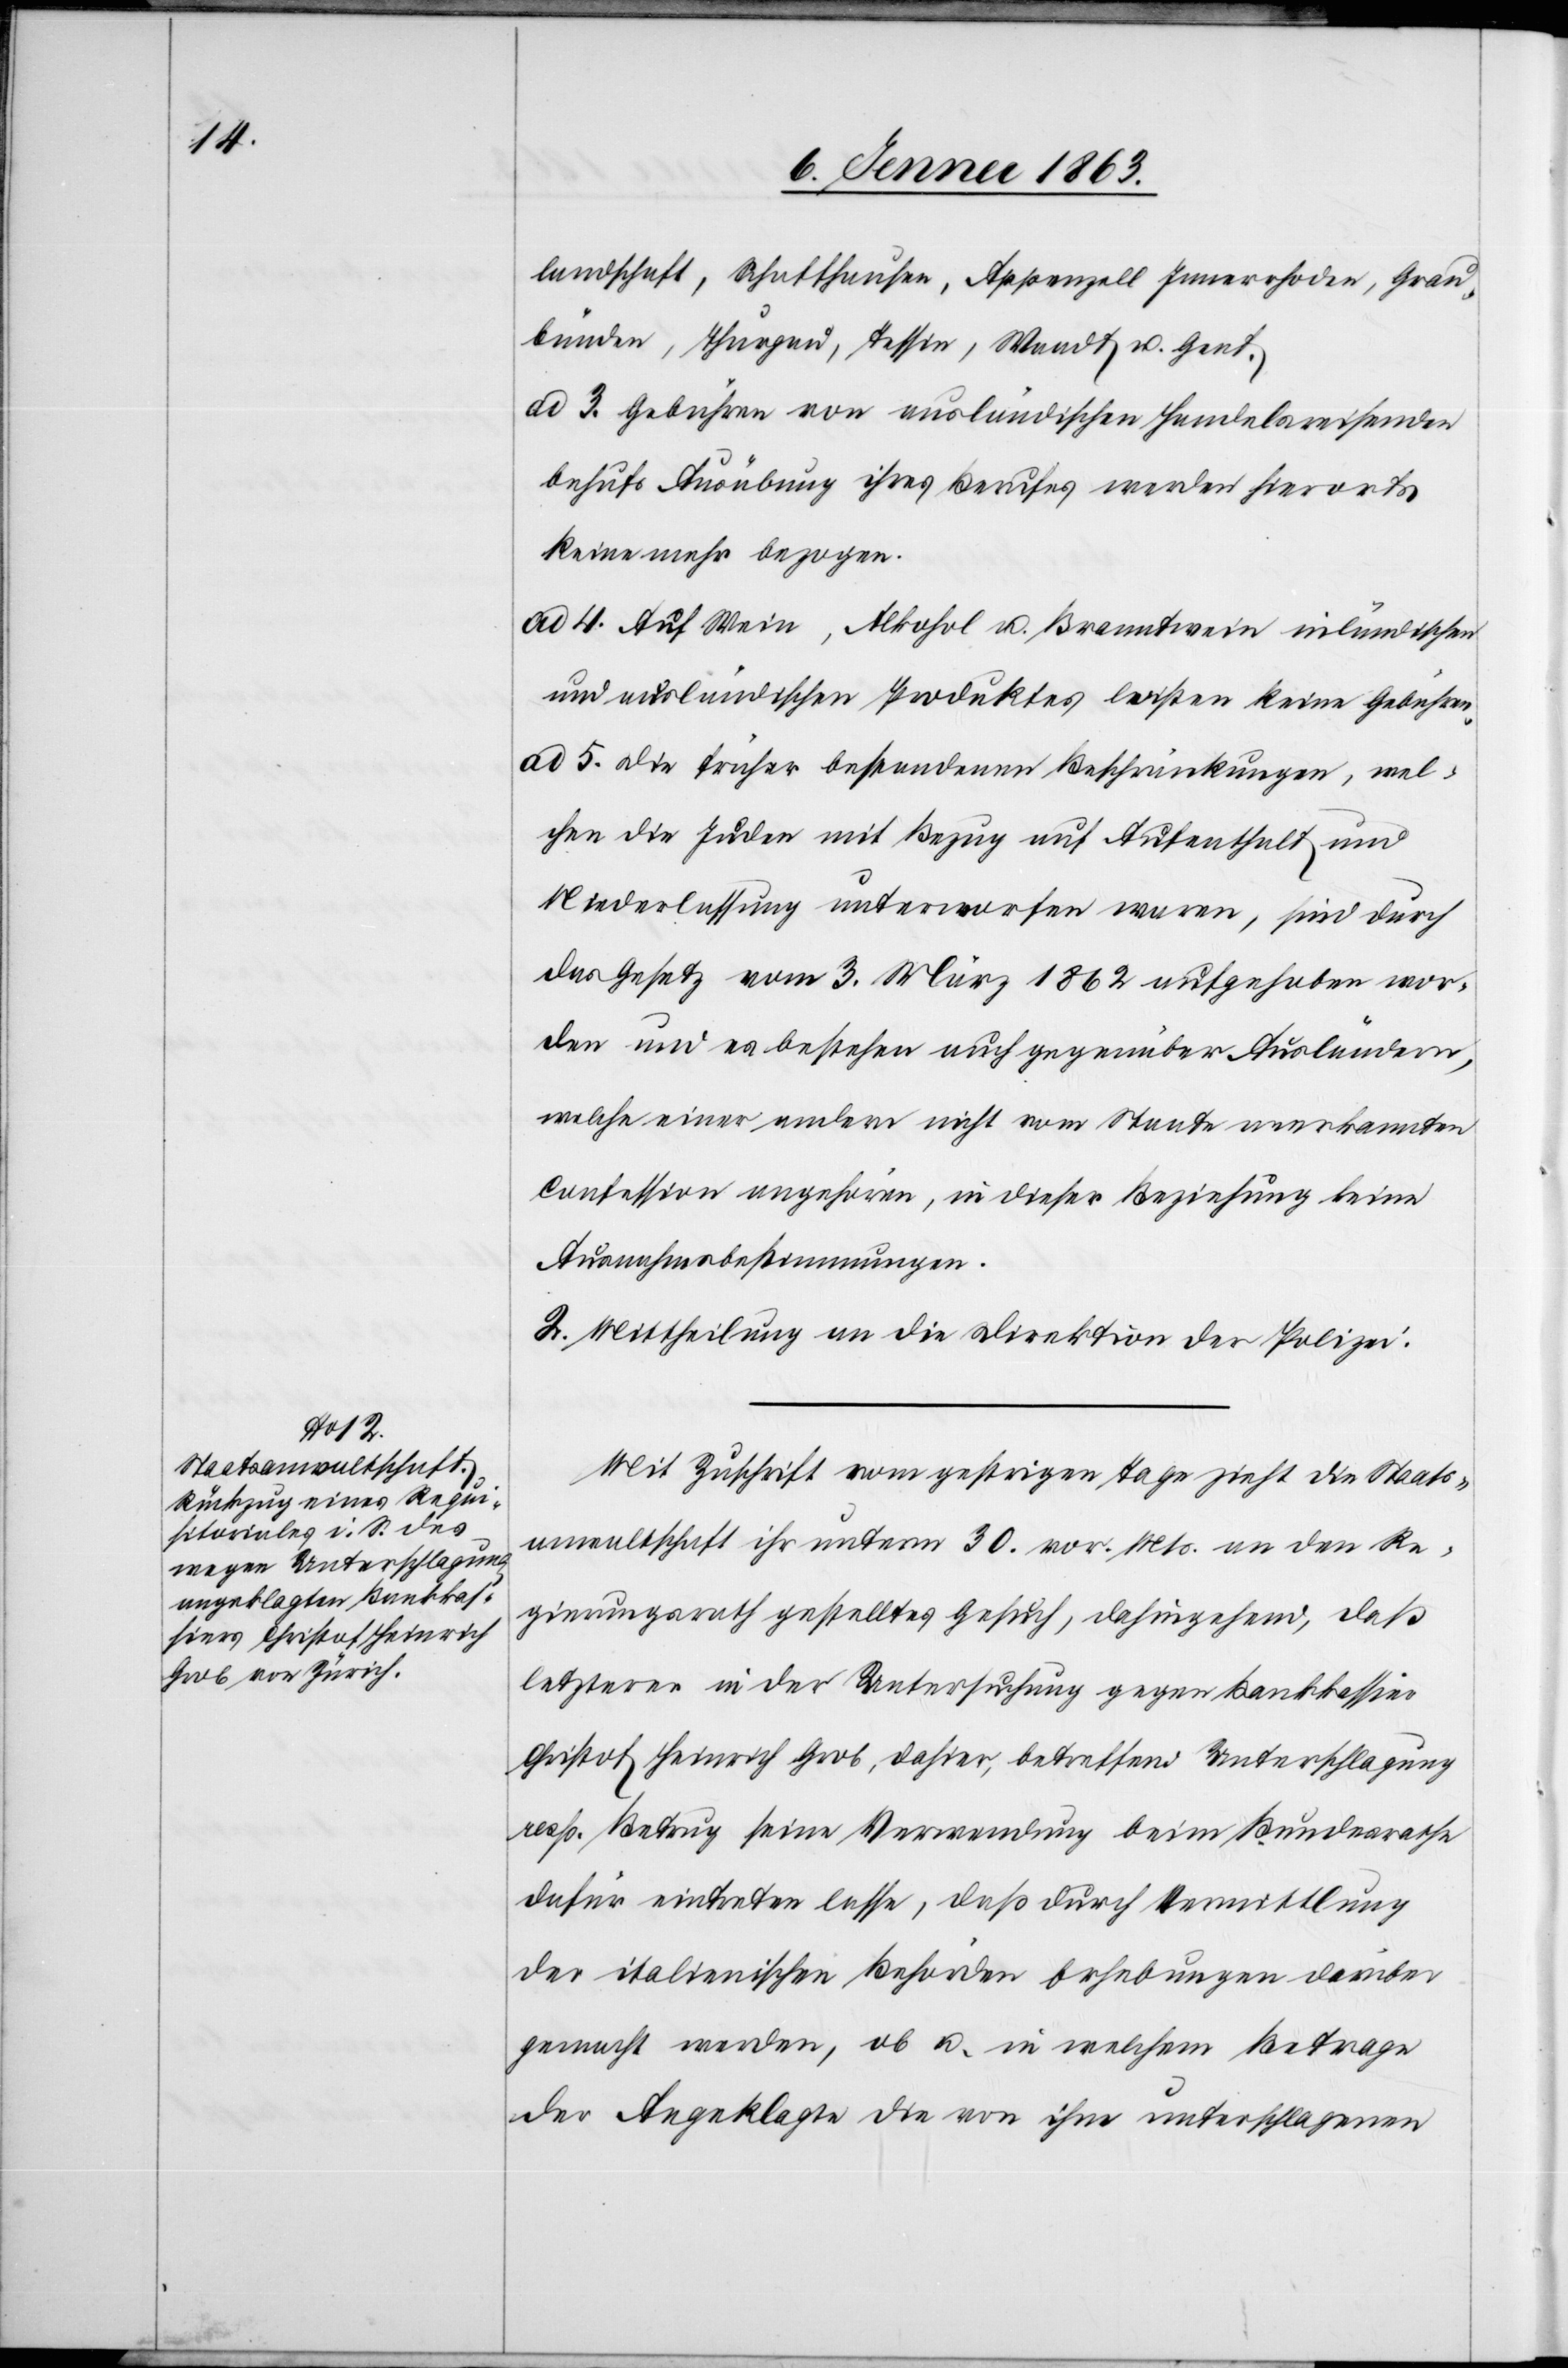
landschaft, Schaffhausen, Appenzell Innerrhoden, Grau¬
bünden, Thurgau, Tessin, Waadt u. Genf.
ad 3. Gebühren von ausländischen Handelsreisenden
behufs Ausübung ihres Berufes werden hierorts
keine mehr bezogen.
ad 4. Auf Wein, Alkohol u. Branntwein inländischen
und ausländischen Produktes lasten keine Gebühren.
ad 5. Die früher bestandenen Beschränkungen, wel¬
chen die Juden mit Bezug auf Aufenthalt und
Niederlassung unterworfen waren, sind durch
das Gesetz vom 3. März 1862 aufgehoben wor¬
den und es bestehen auch gegenüber Ausländern,
welche einer andern nicht vom Staate anerkannten
Confession angehören, in dieser Beziehung keine
Ausnahmsbestimmungen.
2. Mittheilung an die Direktion der Polizei.
Mit Zuschrift vom gestrigen Tage zieht die Staats¬
anwaltschaft ihr unterm 30. vor. Mts. an den Re¬
gierungsrath gestelltes Gesuch, dahingehend, daß
letzterer in der Untersuchung gegen Bankkassier
Christof Heinrich Grob, dahier, betreffend Unterschlagung
resp. Betrug seine Verwendung beim Bundesrathe
dafür eintreten lasse, daß durch Vermittlung
der italienischen Behörden Erhebungen darüber
gemacht werden, ob u. in welchem Betrage
der Angeklagte die von ihm unterschlagenen